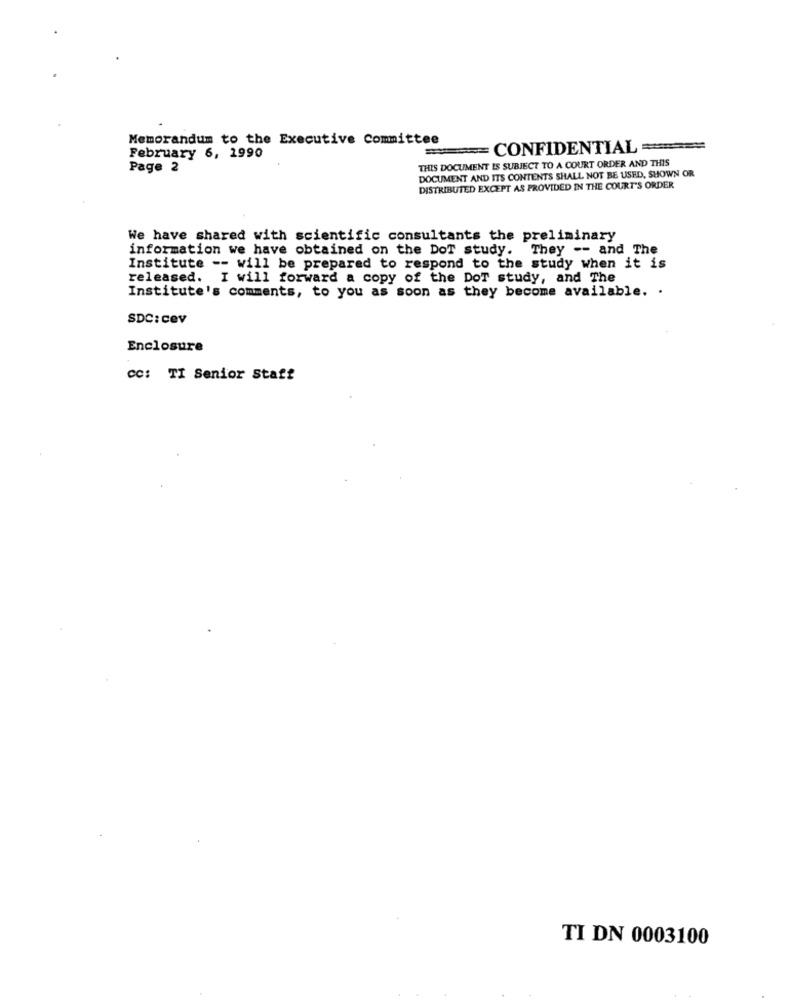
Memorandum to the Executive Committee
===== CONFIDENTIAL ===
February 6, 1990
THIS DOCUMENT IS SUBJECT TO A COURT ORDER AND THIS
Page 2
DOCUMENT AND ITS CONTENTS SHALL NOT BE USED, SHOWN OR
DISTRIBUTED EXCEPT AS PROVIDED IN THE COURT'S ORDER
We have shared with scientific consultants the preliminary
information we have obtained on the DoT study. They -- and The
Institute -- will be prepared to respond to the study when it is
released. I will forward a copy of the DoT study, and The
Institute's comments, to you as soon as they become available. .
SDC: Cev
Enclosure
CC: TI Senior Staff
TI DN 0003100